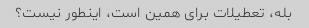
بله، تعطیلات برای همین است، اینطور نیست؟